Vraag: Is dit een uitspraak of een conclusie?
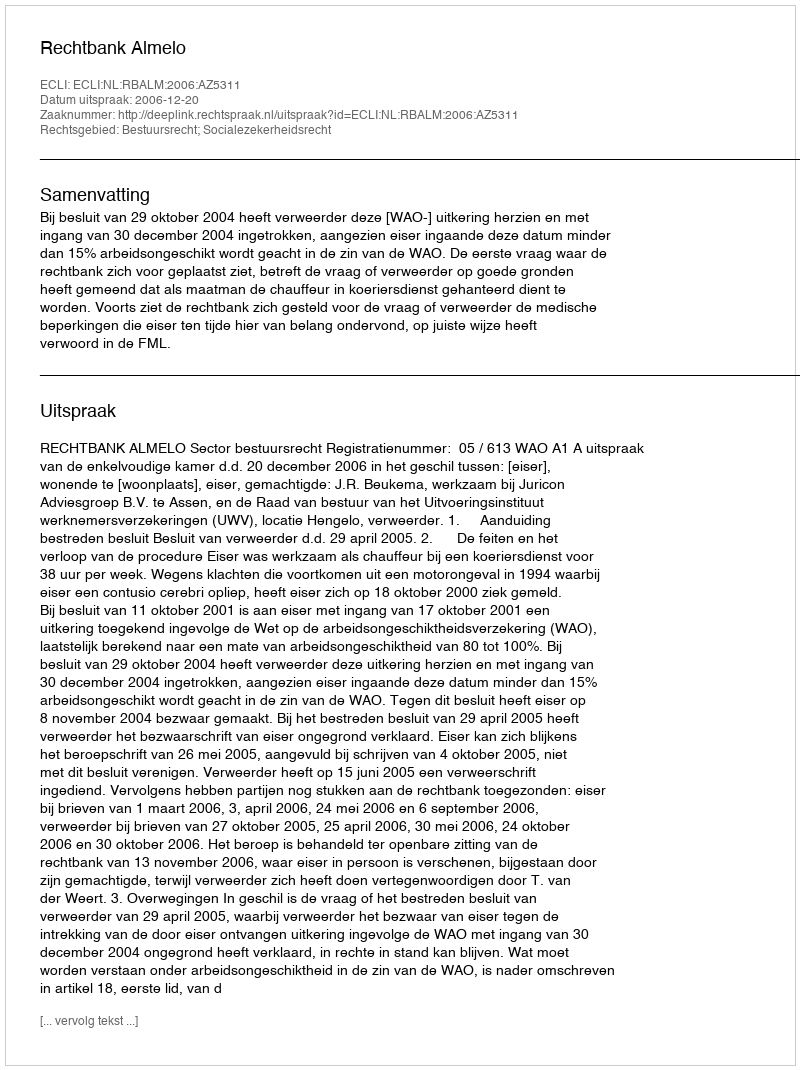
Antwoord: Uitspraak